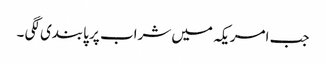
جب امریکہ میں شراب پر پابندی لگی ۔